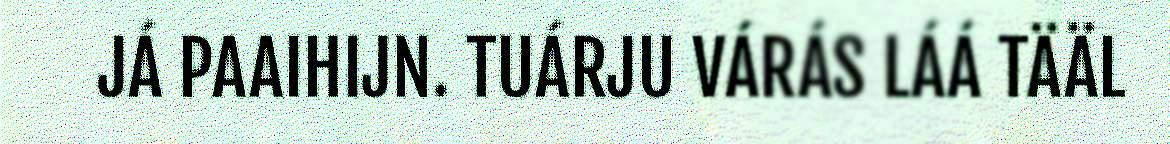
JÁ PAAIHIJN. TUÁRJU VÁRÁS LÁÁ TÄÄL